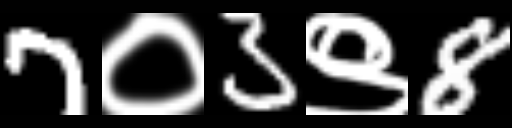
Text: 7०3९8